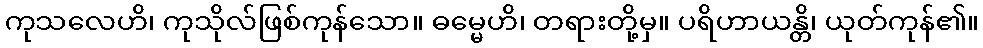
ကုသလေဟိ၊ ကုသိုလ်ဖြစ်ကုန်သော။ ဓမ္မေဟိ၊ တရားတို့မှ။ ပရိဟာယန္တိ၊ ယုတ်ကုန်၏။